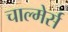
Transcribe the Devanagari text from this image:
चाल्मेर्स